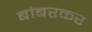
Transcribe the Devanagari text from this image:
बांबरकर